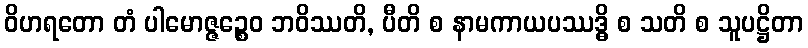
ဝိဟရတော တံ ပါမောဇ္ဇဉ္စေဝ ဘဝိဿတိ, ပီတိ စ နာမကာယပဿဒ္ဓိ စ သတိ စ သူပဋ္ဌိတာ